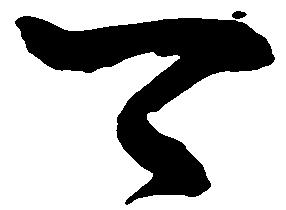
可